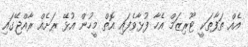
އެއް ތަފާތަކީ ޓޫރިޒަމް އެހާ ފުޅާވެފައި އޮތް މީހުން އުޅޭ ރަށެއް ރާއްޖޭގައި